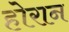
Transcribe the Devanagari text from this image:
होरान